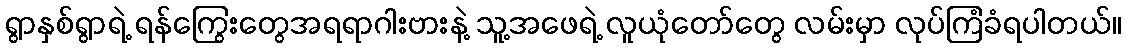
ရွာနှစ်ရွာရဲ့ ရန်ကြွေးတွေအရရာဂါးဗားနဲ့ သူ့အဖေရဲ့ လူယုံတော်တွေ လမ်းမှာ လုပ်ကြံခံရပါတယ်။